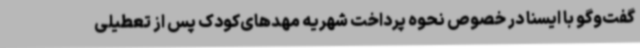
گفت‌وگو با ایسنا در خصوص نحوه پرداخت شهریه مهدهای‌کودک‌ پس از تعطیلی